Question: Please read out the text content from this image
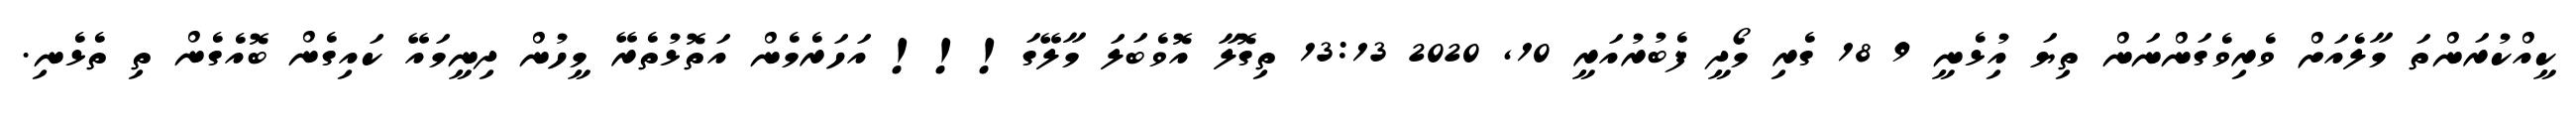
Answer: ކީއްކުރަންތަ މާލެއަށް ވެރިވެގަންނަން ތިޔަ އިުޅެނީ 9 18 ގެރި މޯދީ ފެބުރުއަރީ 10, 2020 13:13 ތިގޮލާ އޮވެބަލަ މާލޭގަ!!! އަހަރެމެން އަތޮޅުތެރޭ މީހުން ދިނީމައޭ ކައިގެން ބޮއެގެން ތި ތެޅެނި.